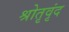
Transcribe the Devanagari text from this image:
श्रोतृवृंद